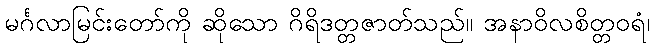
မင်္ဂလာမြင်းတော်ကို ဆိုသော ဂိရိဒတ္တဇာတ်သည်။ အနာဝိလစိတ္တဝရံ၊